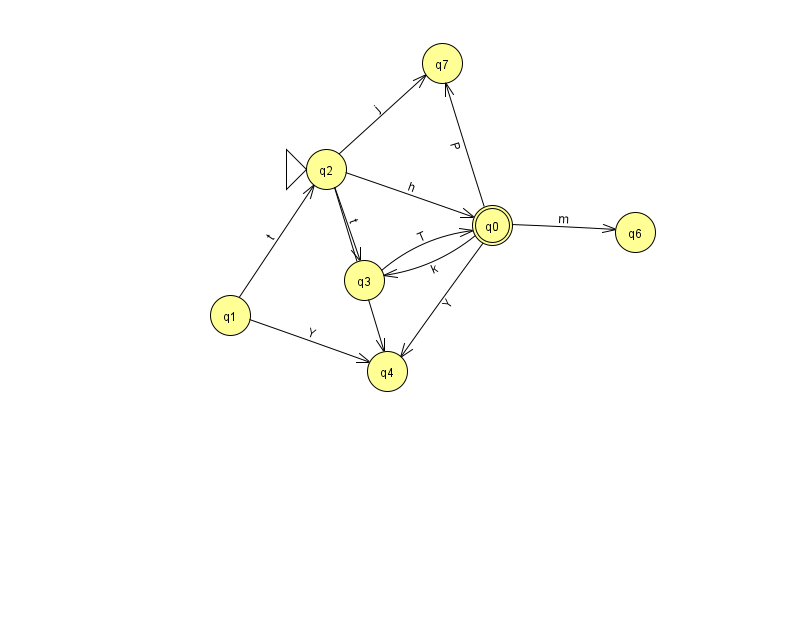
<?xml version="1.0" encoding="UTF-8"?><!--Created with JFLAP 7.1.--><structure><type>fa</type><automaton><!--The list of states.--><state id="0" name="q0"><x>492.0</x><y>212.0</y><final/></state><state id="1" name="q1"><x>230.0</x><y>302.0</y></state><state id="2" name="q2"><x>326.0</x><y>156.0</y><initial/></state><state id="3" name="q3"><x>364.0</x><y>267.0</y></state><state id="4" name="q4"><x>387.0</x><y>358.0</y></state><state id="6" name="q6"><x>635.0</x><y>219.0</y></state><state id="7" name="q7"><x>442.0</x><y>50.0</y></state><!--The list of transitions.--><transition><from>1</from><to>4</to><read>Y</read></transition><transition><from>2</from><to>4</to><read>E</read></transition><transition><from>0</from><to>3</to><read>k</read></transition><transition><from>2</from><to>7</to><read>j</read></transition><transition><from>1</from><to>2</to><read>t</read></transition><transition><from>2</from><to>0</to><read>h</read></transition><transition><from>0</from><to>7</to><read>P</read></transition><transition><from>0</from><to>6</to><read>m</read></transition><transition><from>3</from><to>0</to><read>T</read></transition><transition><from>0</from><to>4</to><read>Y</read></transition><transition><from>2</from><to>3</to><read>t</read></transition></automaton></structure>